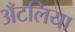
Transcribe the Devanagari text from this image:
अँटलिया